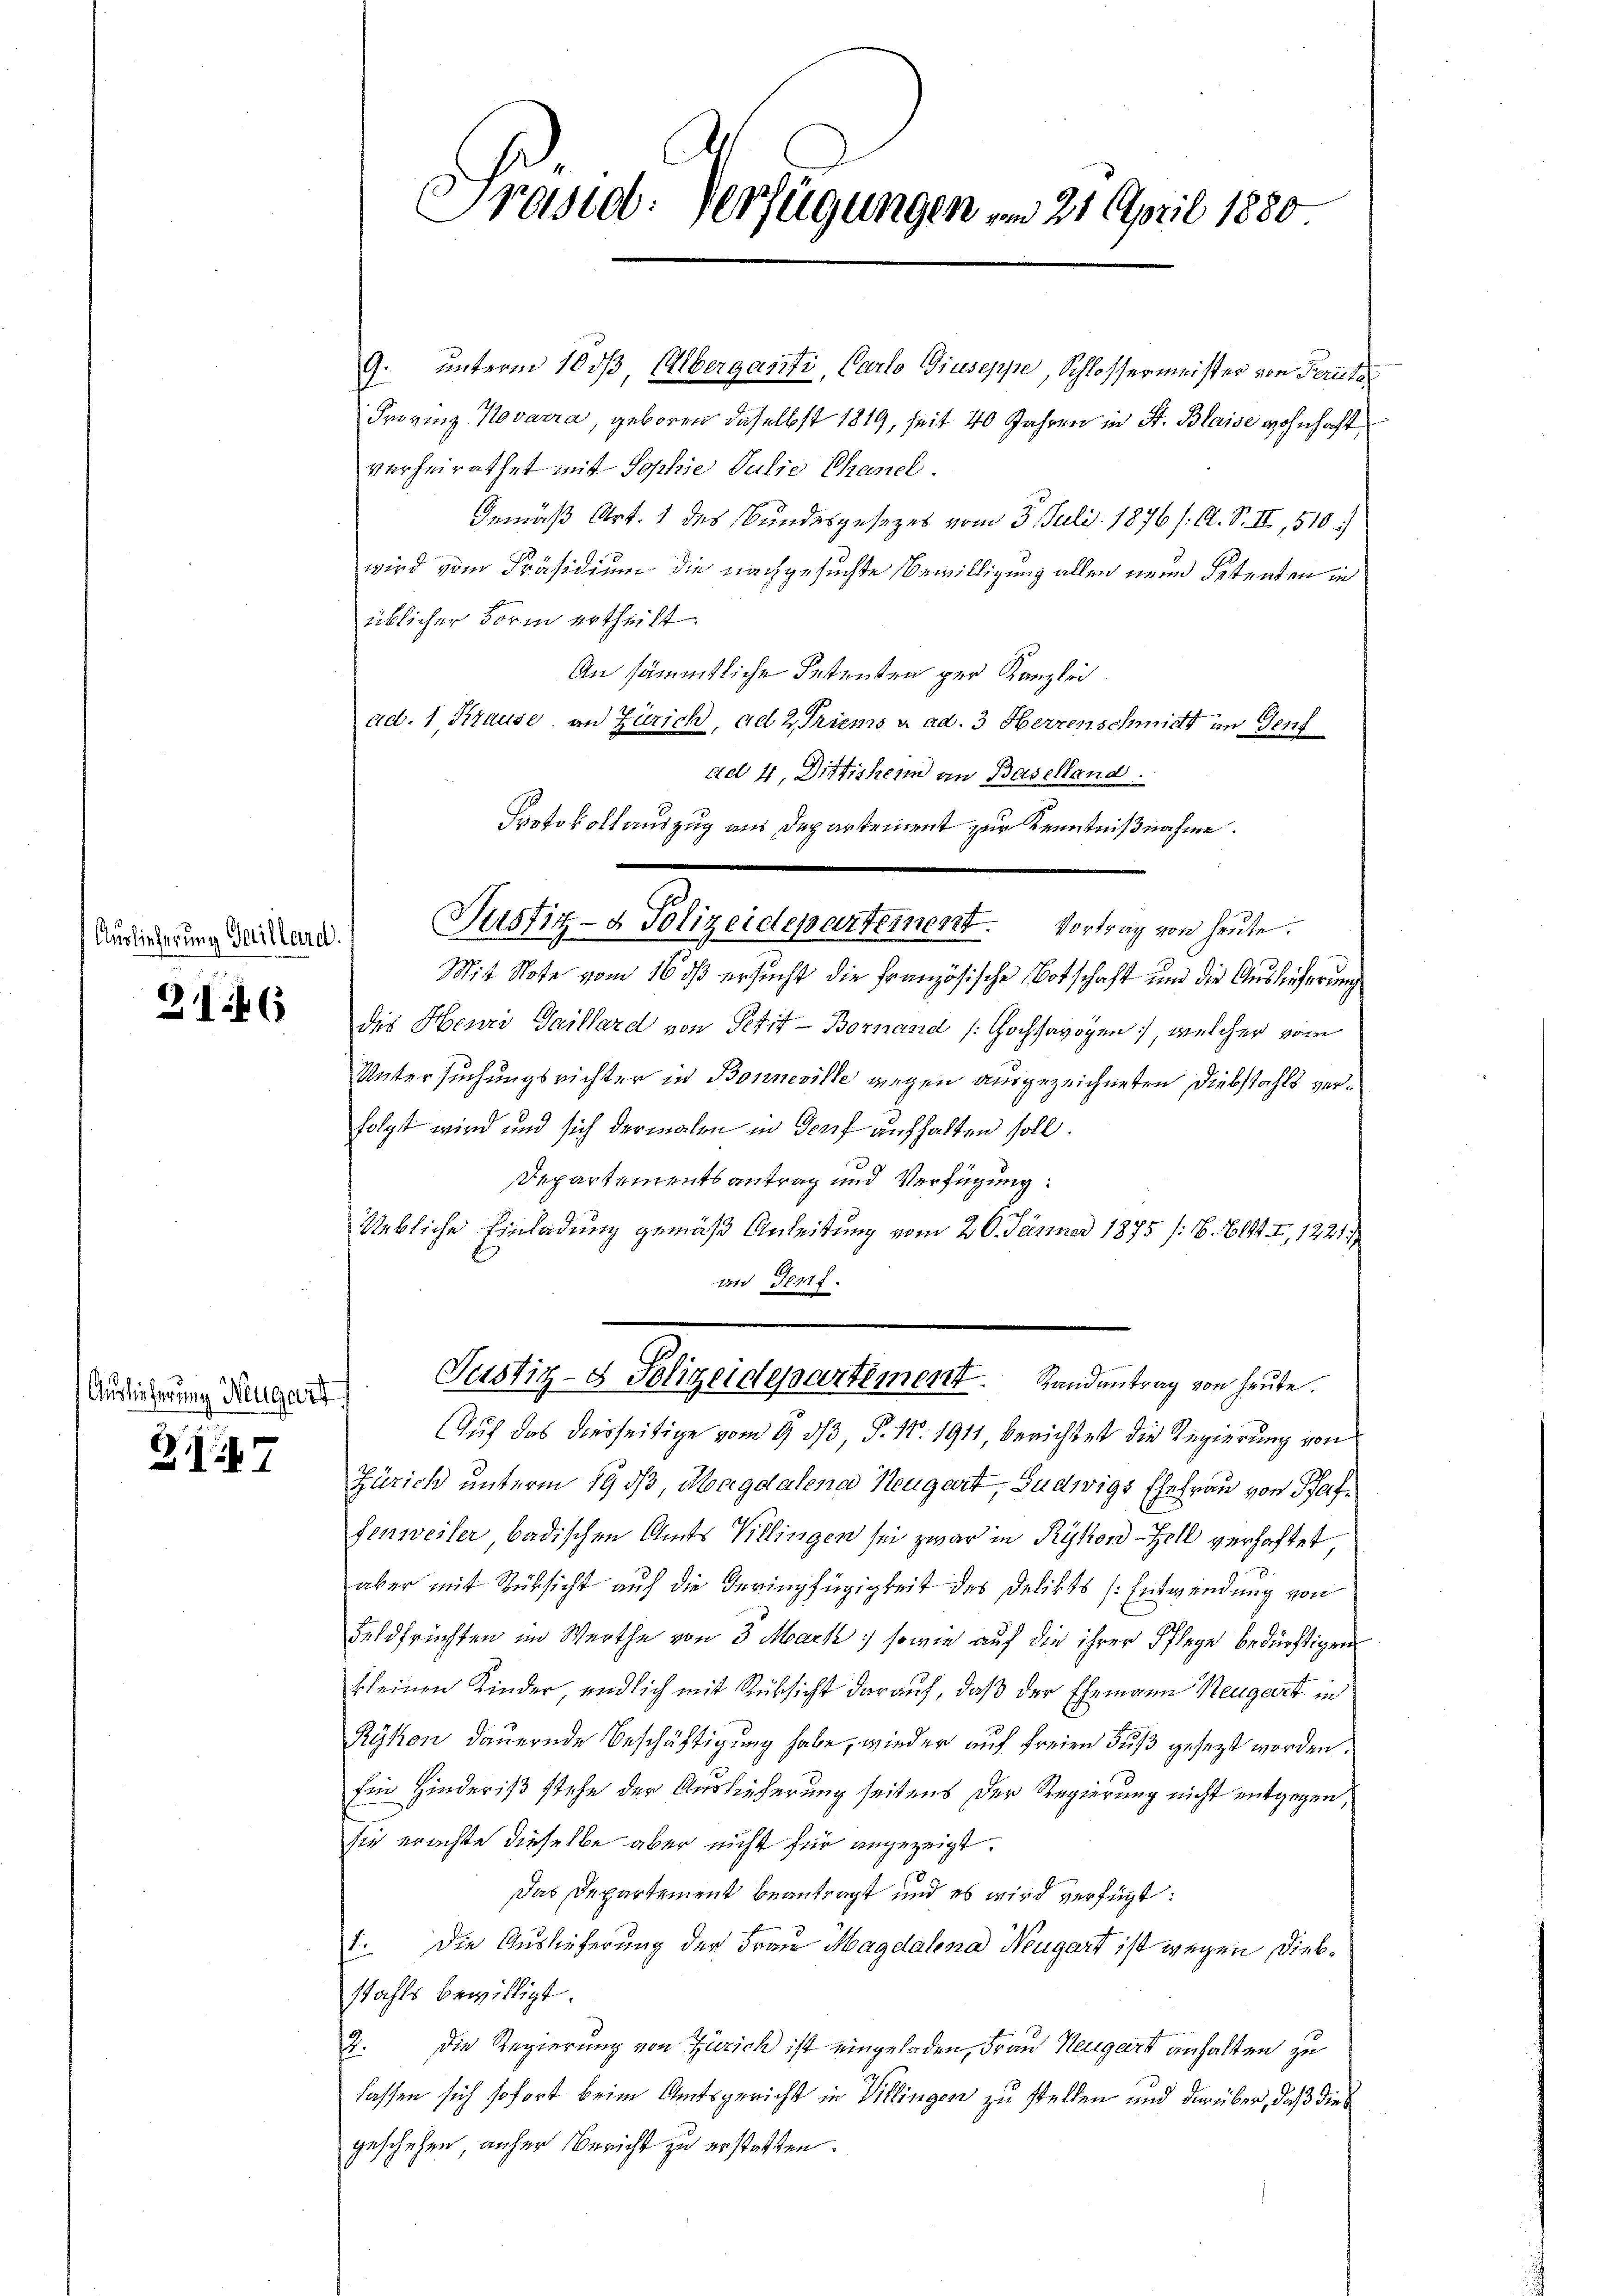
Auslieferung Gaillard.

316

Auslieferung Neugart

Z. 47

Präsid. Verfügungen am 21. April 1880.

9. unterm 10 3/3, Alberganti, Carlo Giuseppe, Schlossermeister von Ferutz
Frovinz Kovarra, geboren daselbst 1819, seit 40 Jahren in St. Blaise wohnhaft
verheirathet mit Sophie Julie Chanel.
Gemäß Art. 1 des Bundesgesezes vom 3. Juli 1876 /: Cl. S. II., 510.
wird vom Präsidium die nachgesuchte Bewilligung allen neue Petenten in
üblicher Form ertheilt.
An sämmtliche Petenten per Kanzlei.
ad. 1 Krause an Zürich, ad 2. Triens à ad. 3 Herzenschmidt an Genf
Mit Note vom 16 dß ersucht die Französische Botschaft und die Auslieferung
des Henri Gaillard von Petit-Bornand Hochsavoyen, welcher vom
Untersuchungsrichter in Bonneville wegen ausgezeichneten Diebstahls verfolgt wird und sich dermalen in Graf aufhalten soll.
Departementsantrag und Verfügung:
Uebliche Einladung gemäß Anleitung vom 20. Jänner 1875 /:6, 614 I, 1221/7
an Genf.
Justiz- & Polizeidepartement. Randantrag von heute.
Auf das diesseitige vom 9. ds P. 17. 1911, berichtet die Regierung von
Zürich unterm 19. ds, Magdalena Neugart, Ludwigs Ehefrau von Pfaffenweiler badischen Amts Villingen sei zwar in Rykon-Zell verhaftet
aber mit Rücksicht auf die Geringfügigkeit des Delikts (Entwendung von
Feldfrüchten im Werthe von 3 Mark sowie auf die ihrer Pflege bedürftigen
kleinen Kinder, endlich mit Rücksicht darauf, daß der Ehemann Neugart in
Rykon dauernde Beschäftigung habe, wieder auf freien Fuß gesezt worden
Ein Hinderist stehe der Auslieferung seitens der Regierung nicht entgegen,
sie erachte dieselbe aber nicht für angezeigt.
Das Departement beantragt und es wird verfügt:
1. Die Auslieferung der Frau Magdalena Neugart ist wegen Diebstahls bewilligt.
2. Die Regierung von Zürich ist eingeladen, Frau Neugart anhalten zu
lassen sich sofort beim Amtsgericht in Villingen zu stellen und darüber, daß dies
geschehen anher Bericht zu erstatten.

dd 4. Dittischen an Baselland.
Protokollauszug aus Departement zur Kenntnißnahme.
Justitz- & Polizeidepartement. Vortrag von heute.